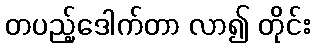
တပည့်ဒေါက်တာ လာ၍ တိုင်း